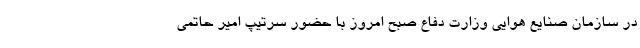
در سازمان صنایع هوایی وزارت دفاع صبح امروز با حضور سرتیپ امیر حاتمی